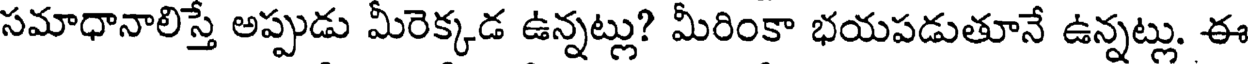
సమాధానాలిస్తే అప్పుడు మీరెక్కడ ఉన్నట్లు? మీరింకా భయపడుతూనే ఉన్నట్లు. ఈ